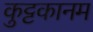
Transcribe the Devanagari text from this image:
कुट्टकानम